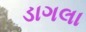
ડાગલા